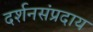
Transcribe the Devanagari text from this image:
दर्शनसंप्रदाय